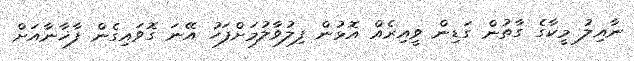
ނާއިލު މީކާގެ ގާތުން ގަޑިން ވީއިރެއް އޮޅުން ފިލުވާލުމަށްފަހު އޭނަ ގޮވައިގެން ފާޚާނާއަށް